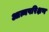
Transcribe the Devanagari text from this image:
आत्मपरिक्षण